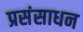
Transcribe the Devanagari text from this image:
प्रसंसाधन